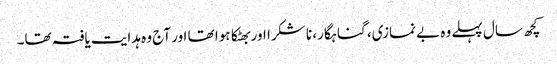
کچھ سال پہلے وہ بے نمازی، گناہگار، نا شکرا اور بھٹکا ہوا تھا اور آج وہ ہدایت یافتہ تھا۔